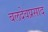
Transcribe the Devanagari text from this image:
बलदेवप्रसाद